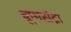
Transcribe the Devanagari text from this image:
बूम्मसंद्रा